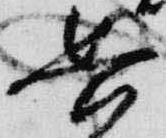
兵